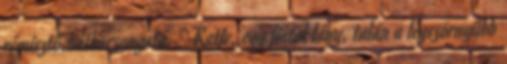
rémisztő,hátborzongató. " Katie, egy fiatal lány, talán a legszörnyűbb